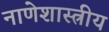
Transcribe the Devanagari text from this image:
नाणेशास्त्रीय